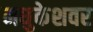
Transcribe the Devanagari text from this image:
मधुकेशवर